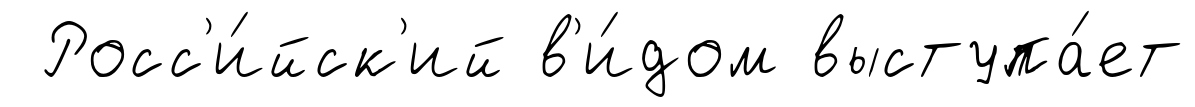
Росс'и́йск'ий в'и́дом выступа́ет